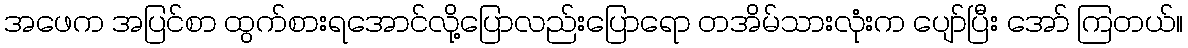
အဖေက အပြင်စာ ထွက်စားရအောင်လို့ပြောလည်းပြောရော တအိမ်သားလုံးက ပျော်ပြီး အော် ကြတယ်။